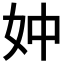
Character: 妕